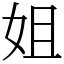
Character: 姐